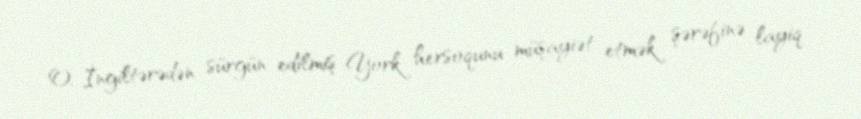
O, İngiltərədən sürgün edilmiş York hersoqunu müşayiət etmək şərəfinə layiq